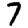
Digit: 7